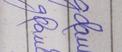
Signature authenticity: forged